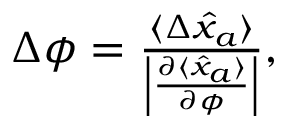
\begin{array} { r } { \Delta \phi = \frac { \langle \Delta \hat { x } _ { a } \rangle } { \left| \frac { \partial \langle \hat { x } _ { a } \rangle } { \partial \phi } \right| } , } \end{array}